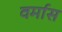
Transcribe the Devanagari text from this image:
वर्मास